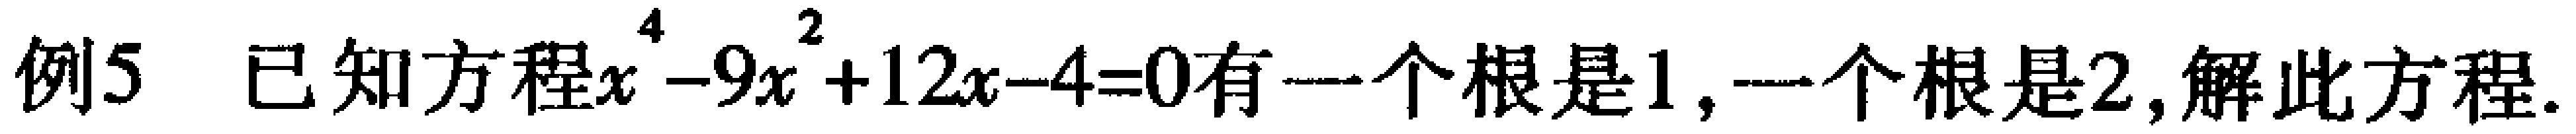
例5 已知方程$x^{4}-9x^{2}+12x - 4 = 0$有一个根是1,一个根是2,解此方程.